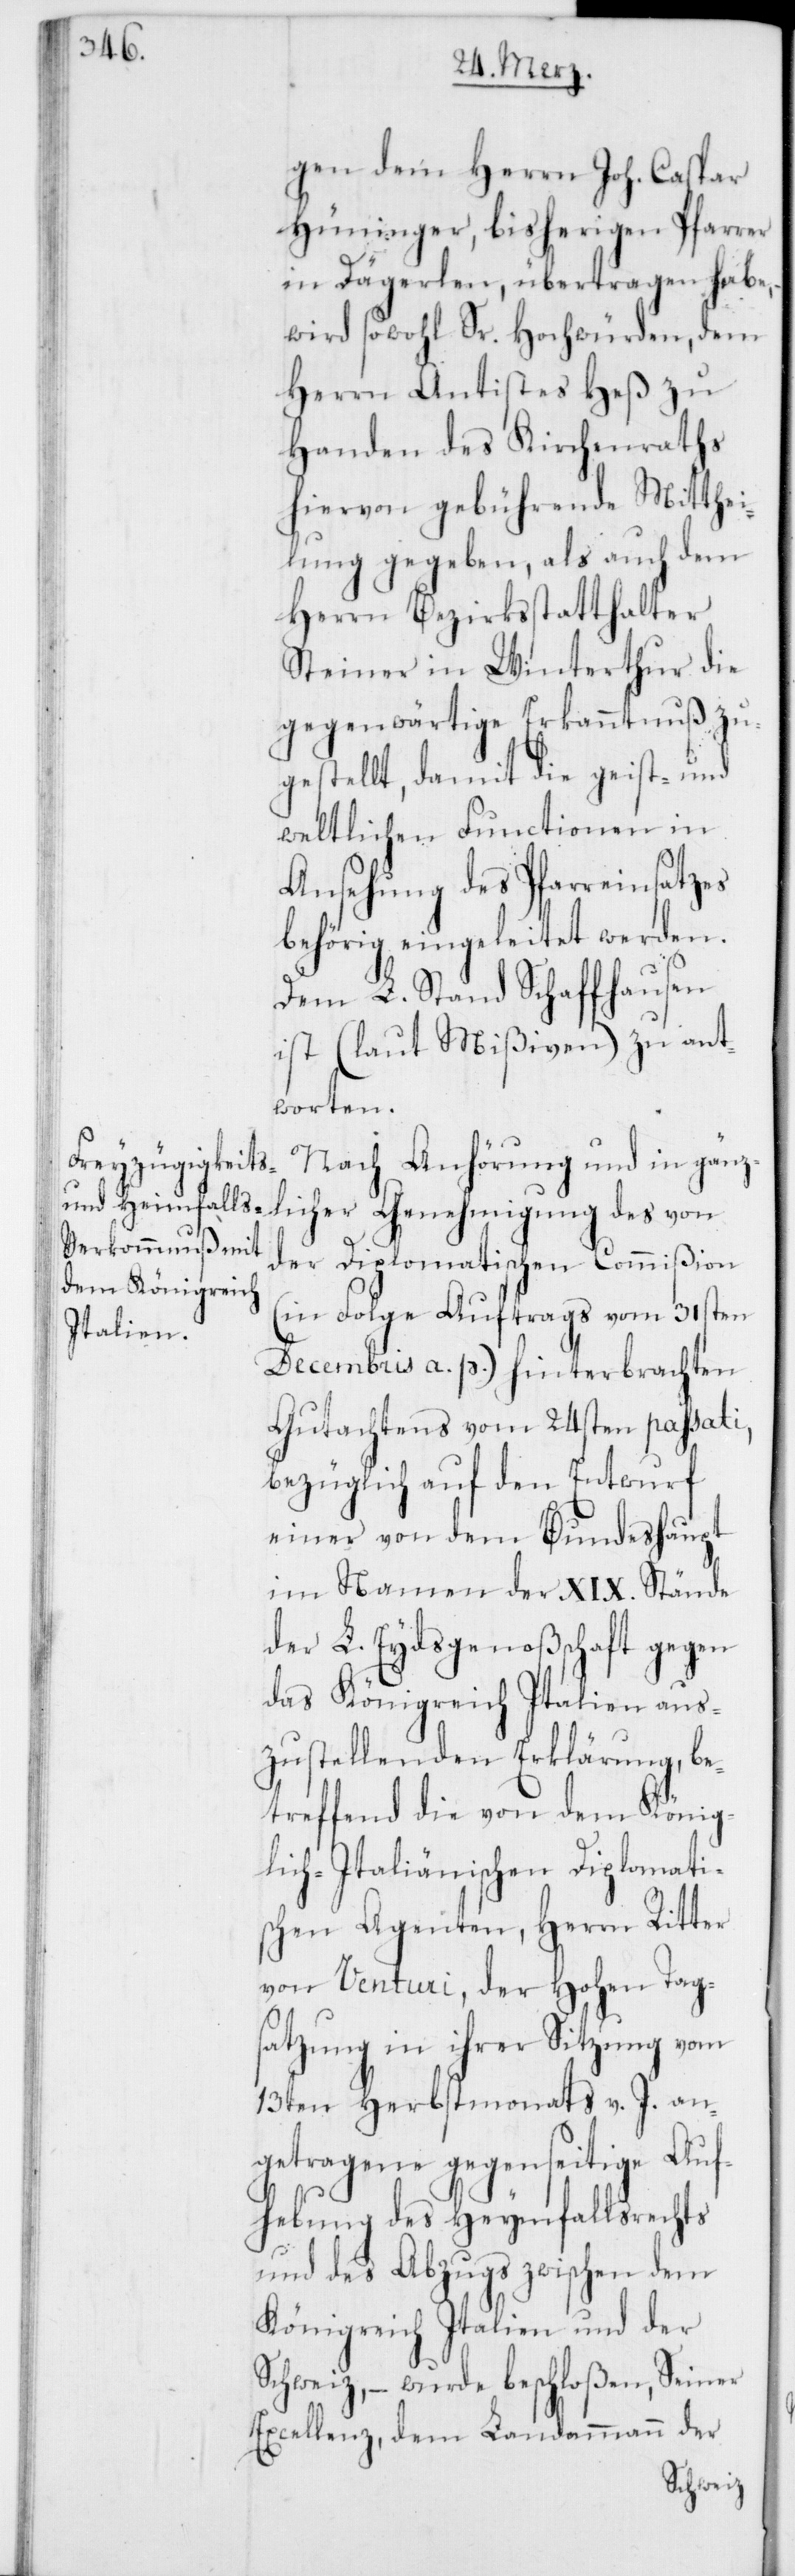
gen dem Herrn Joh. Caspar
Hüninger, bisherigen Pfarrer
in Dägerlen, übertragen habe,
wird sowohl Sr. Hochwürden, dem
Herrn Antistes Heß zu
Handen des Kirchenraths
hiervon gebührende Mitthei¬
lung gegeben, als auch dem
Herrn Bezirksstatthalter
Steiner in Winterthur die
gegenwärtige Erkanntnuß zu¬
gestellt, damit die geist- und
weltlichen Functionen in
Ansehung des Pfarreinsatzes
behörig eingeleitet werden.
Dem L. Stand Schaffhausen
ist (laut Mißiven) zu ant¬
worten.
Nach Anhörung und in gänz¬
licher Genehmigung des von
der Diplomatischen Commißion
(in Folge Auftrags vom 31sten
Decembris a. p.) hinterbrachten
Gutachtens vom 24sten passati,
bezüglich auf den Entwurf
einer von dem Bundeshaupt
im Namen der XIX. Stände
der L. Eydsgenoßschaft gegen
das Königreich Italien aus¬
zustellenden Erklärung, be¬
treffend die von dem König¬
lich-Italiänischen Diplomati¬
schen Agenten, Herrn Ritter
von Venturi, der Hohen Tag¬
satzung in ihrer Sitzung vom
13ten Herbstmonats v. J. an¬
getragene gegenseitige Auf¬
hebung des Heymfallsrechts
und des Abzugs zwischen dem
Königreich Italien und der
Schweiz, – wurde beschloßen, Seiner
Excellenz, dem Landammann der